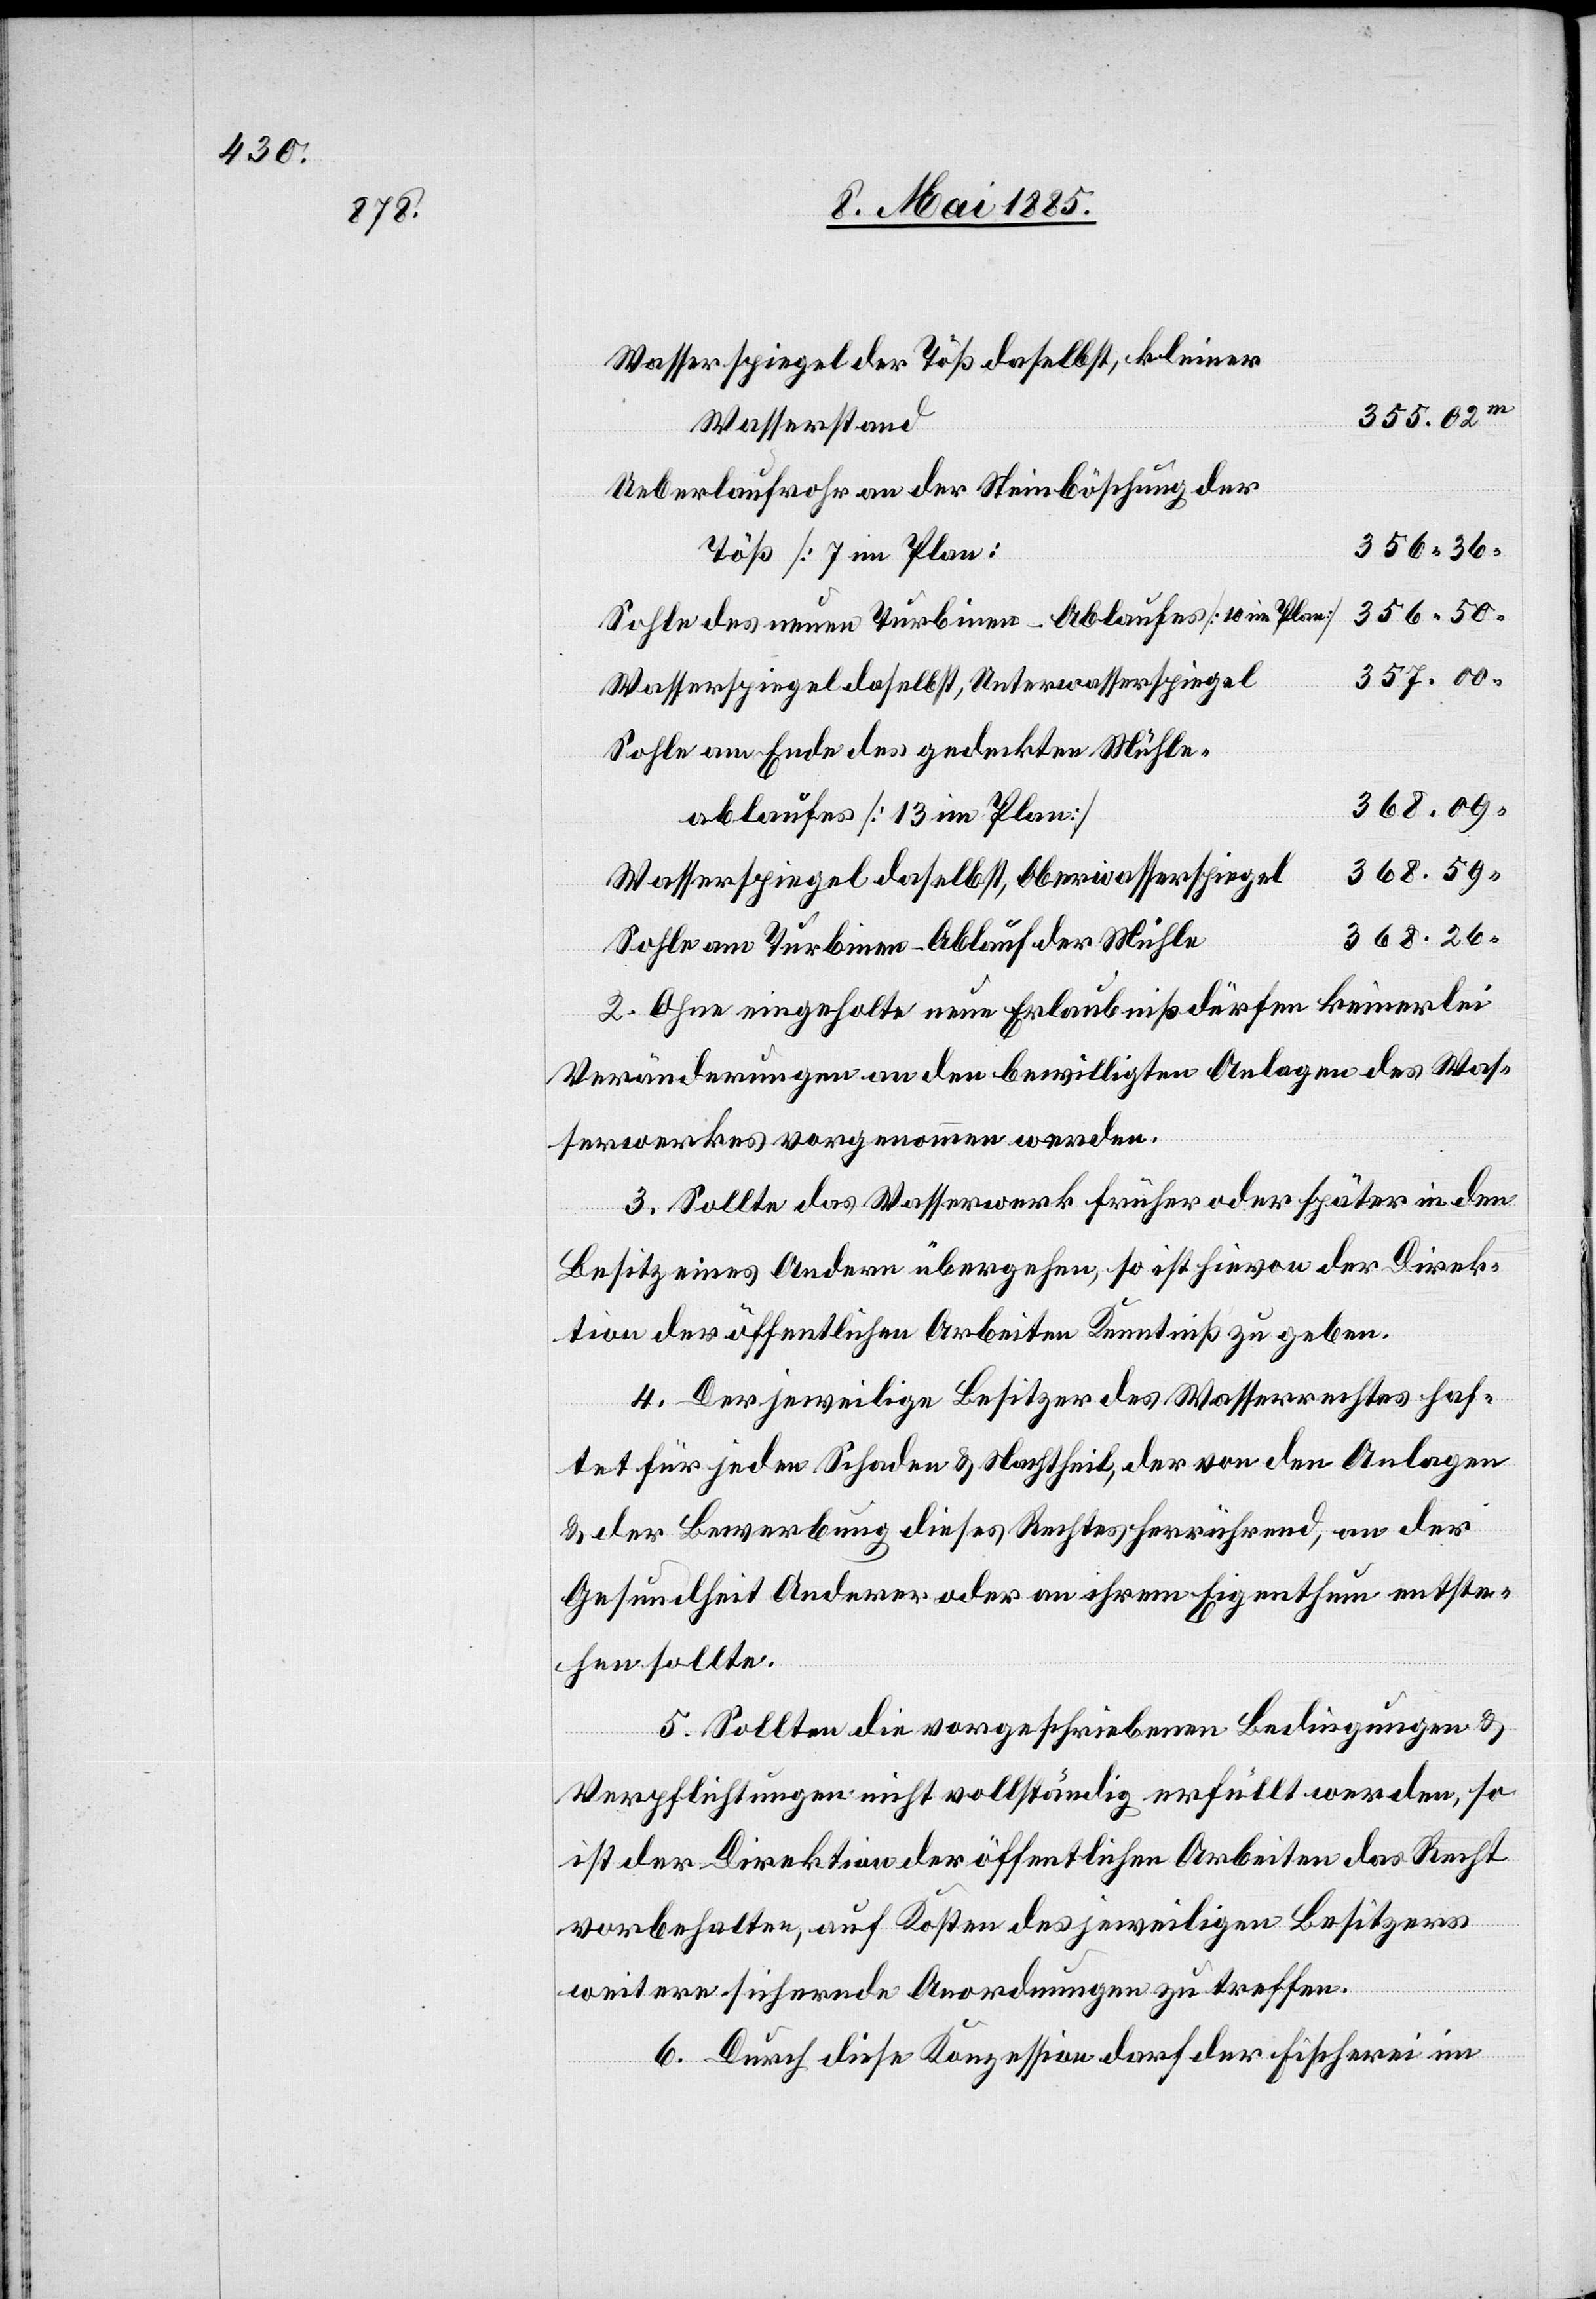
357.50

Wasserspiegel der Töß daselbst, kleiner
533.02
Wasserstand
Ueberlaufrohr an der Steinböschung der
356.36
Töß [7 im Plan]
356.50
Sohle des neuen Turbinen-Ablaufes [10 im Plan]
Wasserspiegel daselbst, Unterwasserspiegel
Sohle am Ende des gedeckten Mühle¬
368.09
ablaufes [13 im Plan]
368.59
Wasserspiegel daselbst, Abwasserspiegel
368.26
Sohle am Turbinen-Ablauf der Mühle
2. Ohne eingeholte neue Erlaubniß dürfen keinerlei
Veränderungen an den bewilligten Anlagen des Was¬
serwerkes vorgenommen werden.
3. Sollte das Wasserwerk früher oder später in den
Besitz eines Andern übergehen, so ist hievon der Direk¬
tion der öffentlichen Arbeiten Kenntniß zu geben.
4. Der jeweilige Besitzer des Wasserrechtes haf¬
tet für jeden Schaden & Nachtheil, der von den Anlagen
& der Bewerbung dieses Rechtes herrührend, an der
Gesundheit Anderer oder an ihrem Eigenthum entste¬
hen sollte.
5. Sollten die vorgeschriebenen Bedingungen &
Verpflichtungen nicht vollständig erfüllt werden, so
ist der Direktion der öffentlichen Arbeiten das Recht
vorbehalten, auf Kosten des jeweiligen Besitzers
weitere sichernde Anordnungen zu treffen.
6. Durch diese Konzession darf der Fischerei im